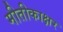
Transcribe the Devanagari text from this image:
मीतीकाक्षर